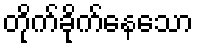
တိုက်ခိုက်နေသော